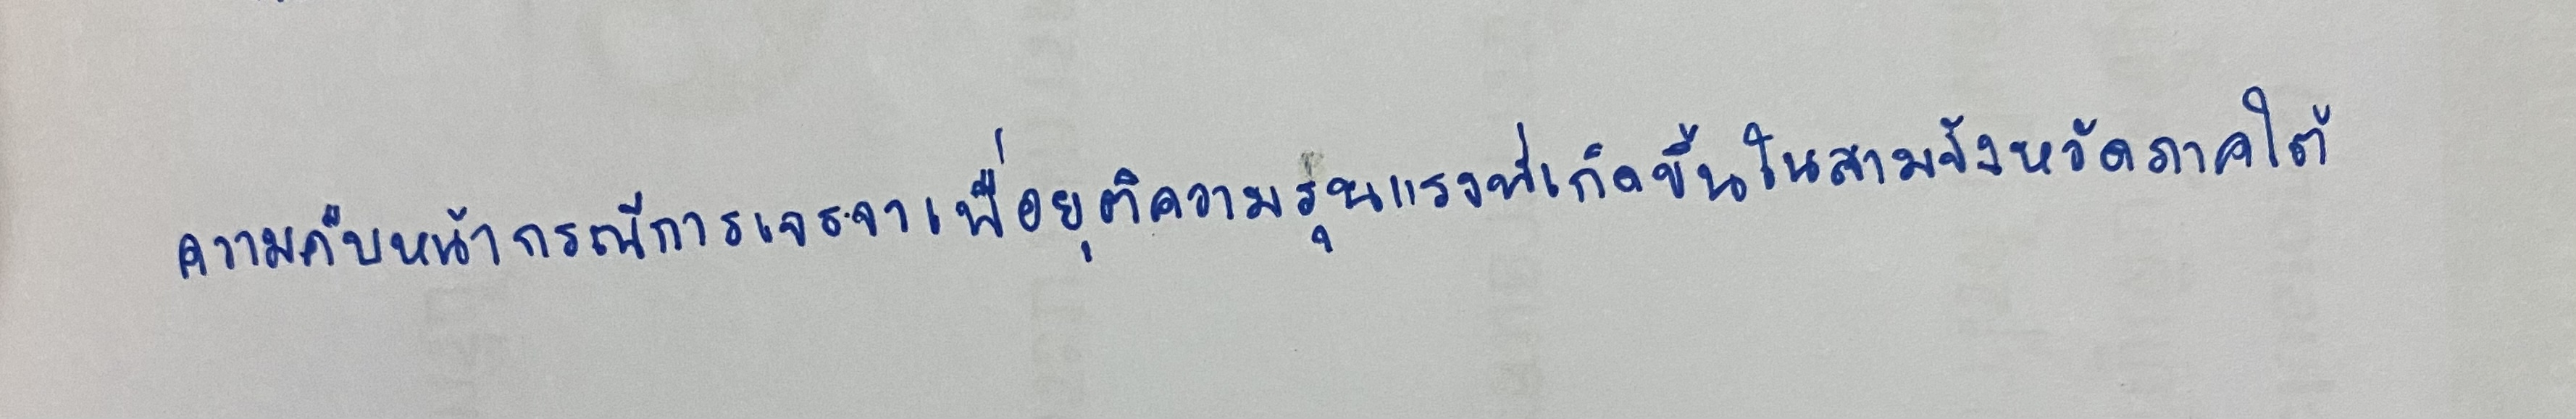
ความคืบหน้ากรณีการเจรจาเพื่อยุติความรุนแรงที่เกิดขึ้นในสามจังหวัดภาคใต้